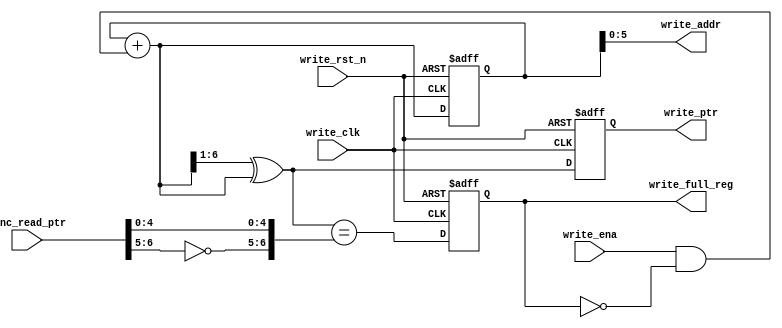
module asyn_fifo_write_ctrl
#(
    parameter ADDR_WIDTH = 6
)
(
    input wire write_clk,
    input wire write_rst_n,
    input wire write_ena,
    input wire [ADDR_WIDTH:0] sync_read_ptr, //

 
    output reg [ADDR_WIDTH:0] write_ptr,
    output wire [ADDR_WIDTH-1:0] write_addr,
    output reg write_full_reg
);
    reg [ADDR_WIDTH:0] write_bin;
    wire [ADDR_WIDTH:0] write_gray_next;
    wire [ADDR_WIDTH:0] write_bin_next;

    always @(posedge write_clk or negedge write_rst_n) begin
        if (!write_rst_n) begin
            write_ptr <= 0;
            write_bin <= 0;
        end
        else begin
            write_ptr <= write_gray_next;
            write_bin <= write_bin_next;
        end
    end

    wire write_full;
    assign write_full = write_gray_next == { ~sync_read_ptr[ADDR_WIDTH:ADDR_WIDTH-1], sync_read_ptr[ADDR_WIDTH-2:0] }; 
    always @(posedge write_clk or negedge write_rst_n) begin
        if (!write_rst_n) begin
            write_full_reg <= 0;
        end
        else begin
            write_full_reg <= write_full;
        end
    end

    assign write_addr = write_bin[ADDR_WIDTH-1:0];
    assign write_bin_next = write_bin + (write_ena & ~write_full_reg);
    assign write_gray_next = (write_bin_next >> 1) ^ write_bin_next;
endmodule